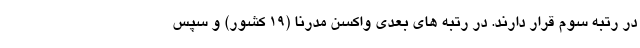
در رتبه سوم قرار دارند. در رتبه های بعدی واکسن مدرنا (۱۹ کشور) و سپس